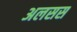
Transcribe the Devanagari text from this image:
अलसस